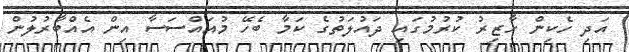
އަދި ހެކިން ހާޒިރު ކުރުމުގައި ދައުލަތުގެ ކަމާ ބެހޭ މުއައްސަސާ އިން އެއްބާރުލުން